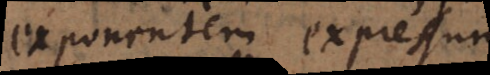
exponentem expressum,